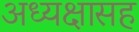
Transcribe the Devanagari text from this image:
अध्यक्षासह